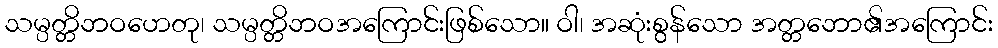
သမ္ပတ္တိဘဝဟေတု၊ သမ္ပတ္တိဘဝအကြောင်းဖြစ်သော။ ဝါ၊ အဆုံးစွန်သော အတ္တဘော၏အကြောင်း